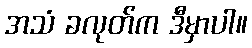
အသံ ခလုတ်က ဒီမှာပါ။